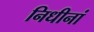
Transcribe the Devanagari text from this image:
निधीनां